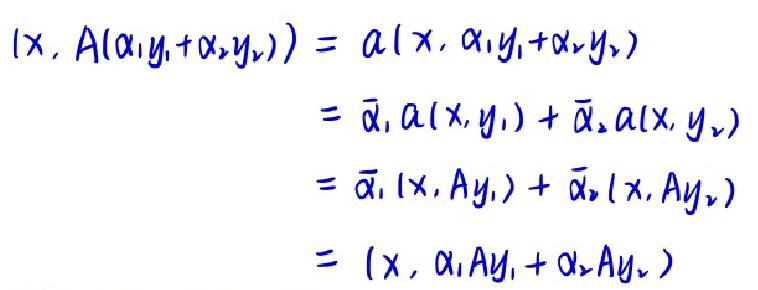
\begin{align*}
(x, A(\alpha_1 y_1+\alpha_2 y_2))&=\alpha(x, \alpha_1 y_1+\alpha_2 y_2)\\
&=\overline{\alpha}_1 \alpha(x, y_1)+\overline{\alpha}_2 \alpha(x, y_2)\\
&=\overline{\alpha}_1 (x, Ay_1)+\overline{\alpha}_2 (x, Ay_2)\\
&=(x, \alpha_1 Ay_1+\alpha_2 Ay_2)
\end{align*}